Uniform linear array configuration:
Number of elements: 16
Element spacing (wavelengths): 0.25
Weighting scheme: binomial
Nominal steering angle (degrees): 0
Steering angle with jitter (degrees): -1.558
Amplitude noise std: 0.05
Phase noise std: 0.05

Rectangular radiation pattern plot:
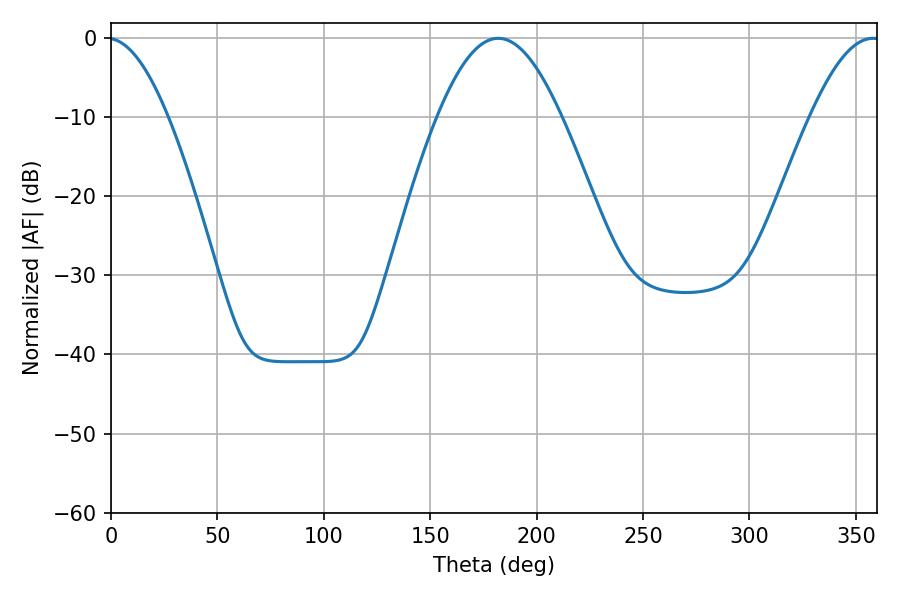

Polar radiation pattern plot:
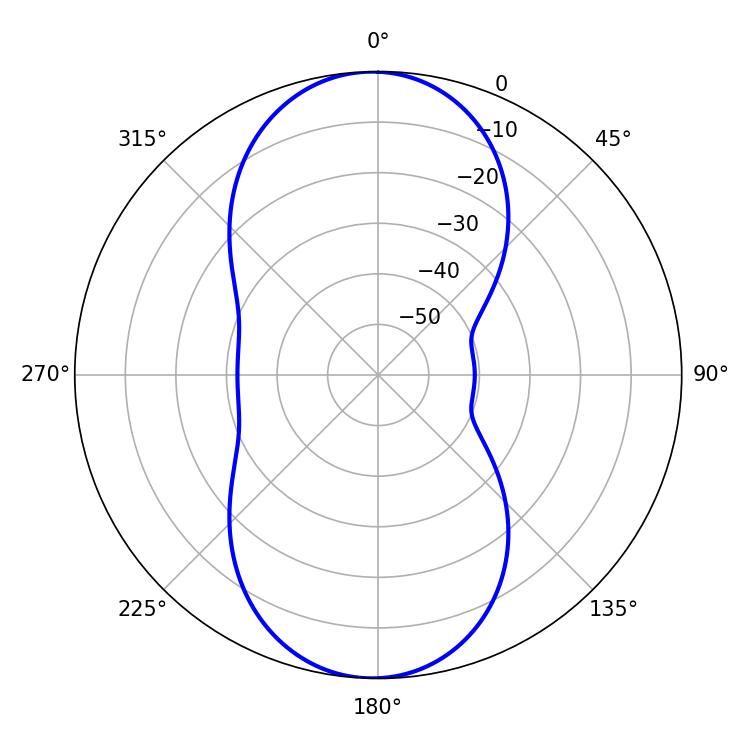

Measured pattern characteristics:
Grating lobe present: FALSE
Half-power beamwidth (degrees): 31.5
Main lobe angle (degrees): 181.98